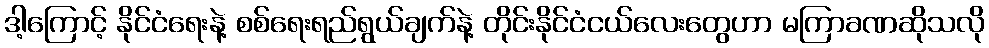
ဒါ့ကြောင့် နိုင်ငံရေးနဲ့ စစ်ရေးရည်ရွယ်ချက်နဲ့ တိုင်းနိုင်ငံငယ်လေးတွေဟာ မကြာခဏဆိုသလို